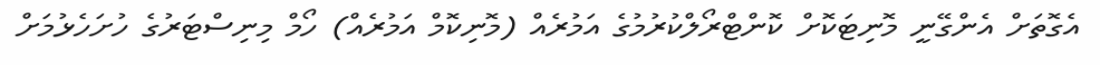
އެގޮތަށް އެންގޭނީ މޮނިޓަކޮށް ކޮންޓްރޯލްކުރުމުގެ އަމުރެއް (މޮނިކޮމް އަމުރެއް) ހޯމް މިނިސްޓަރުގެ ހުށަހެޅުމަށް